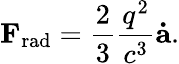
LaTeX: \mathbf{F}_{\mathrm{rad}}={\frac{2}{3}}{\frac{q^{2}}{c^{3}}}\mathbf{\dot{a}}.